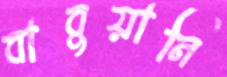
বাবুয়ানি